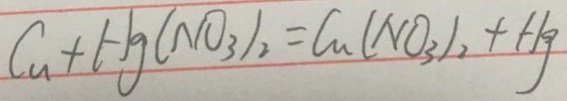
C u + H _ { g } ( N O _ { 3 } ) _ { 2 } = C u ( N O _ { 3 } ) _ { 2 } + H _ { g }